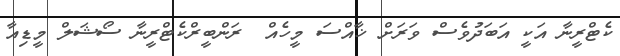
ކެޓްރީނާ އަކީ އަބަދުވެސް ވަރަށް ޚާއްސަ މީހެއް  ރަންބީރްކެޓްރީނާ ސޯޝަލް މީޑިއާ